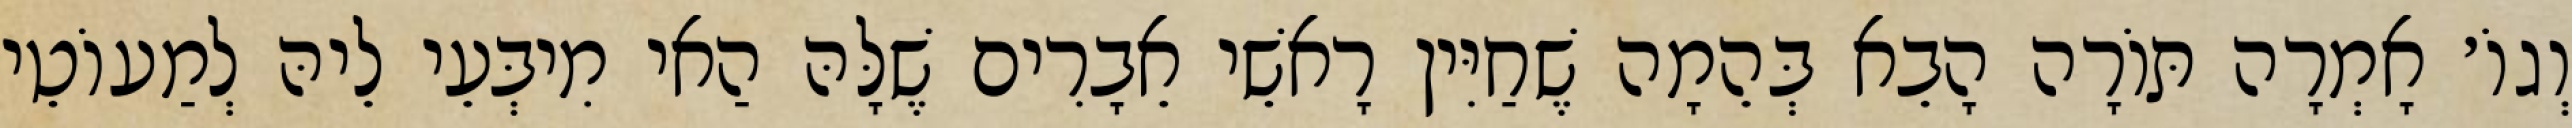
וְגוֹ׳ אָמְרָה תּוֹרָה הָבֵא בְּהֵמָה שֶׁחַיִּין רָאשֵׁי אֵבָרִים שֶׁלָּהּ הַאי מִיבְּעֵי לֵיהּ לְמַעוֹטֵי